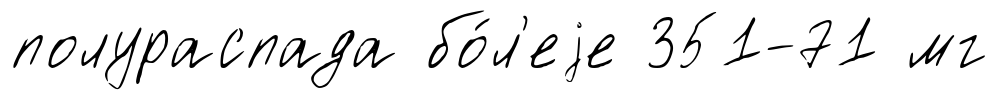
полураспада бо́л'еjе 351-71 мг